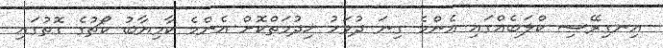
އިނގިރޭސި ކްލަބެއްގައި އެންމެ ގިނަ ދުވަހު ޚިދުމަތްކޮށް އެންމެ ކާމިޔާބު ކޯޗުގެ ގޮތުގައި